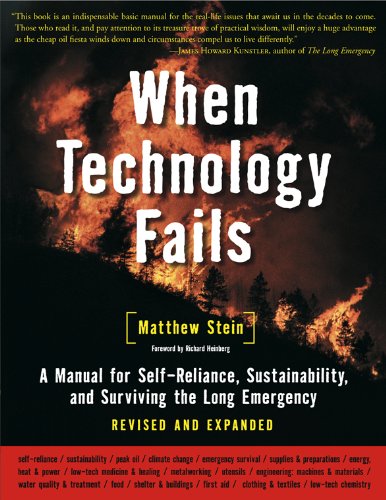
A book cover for When Technology Fails: A Manual for Self-Reliance, Sustainability, and Surviving the Long Emergency, 2nd Edition; Matthew Stein; Science & Math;